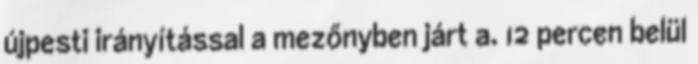
újpesti irányítással a mezőnyben járt a. 12 percen belül